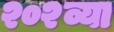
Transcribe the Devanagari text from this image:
२०२व्या